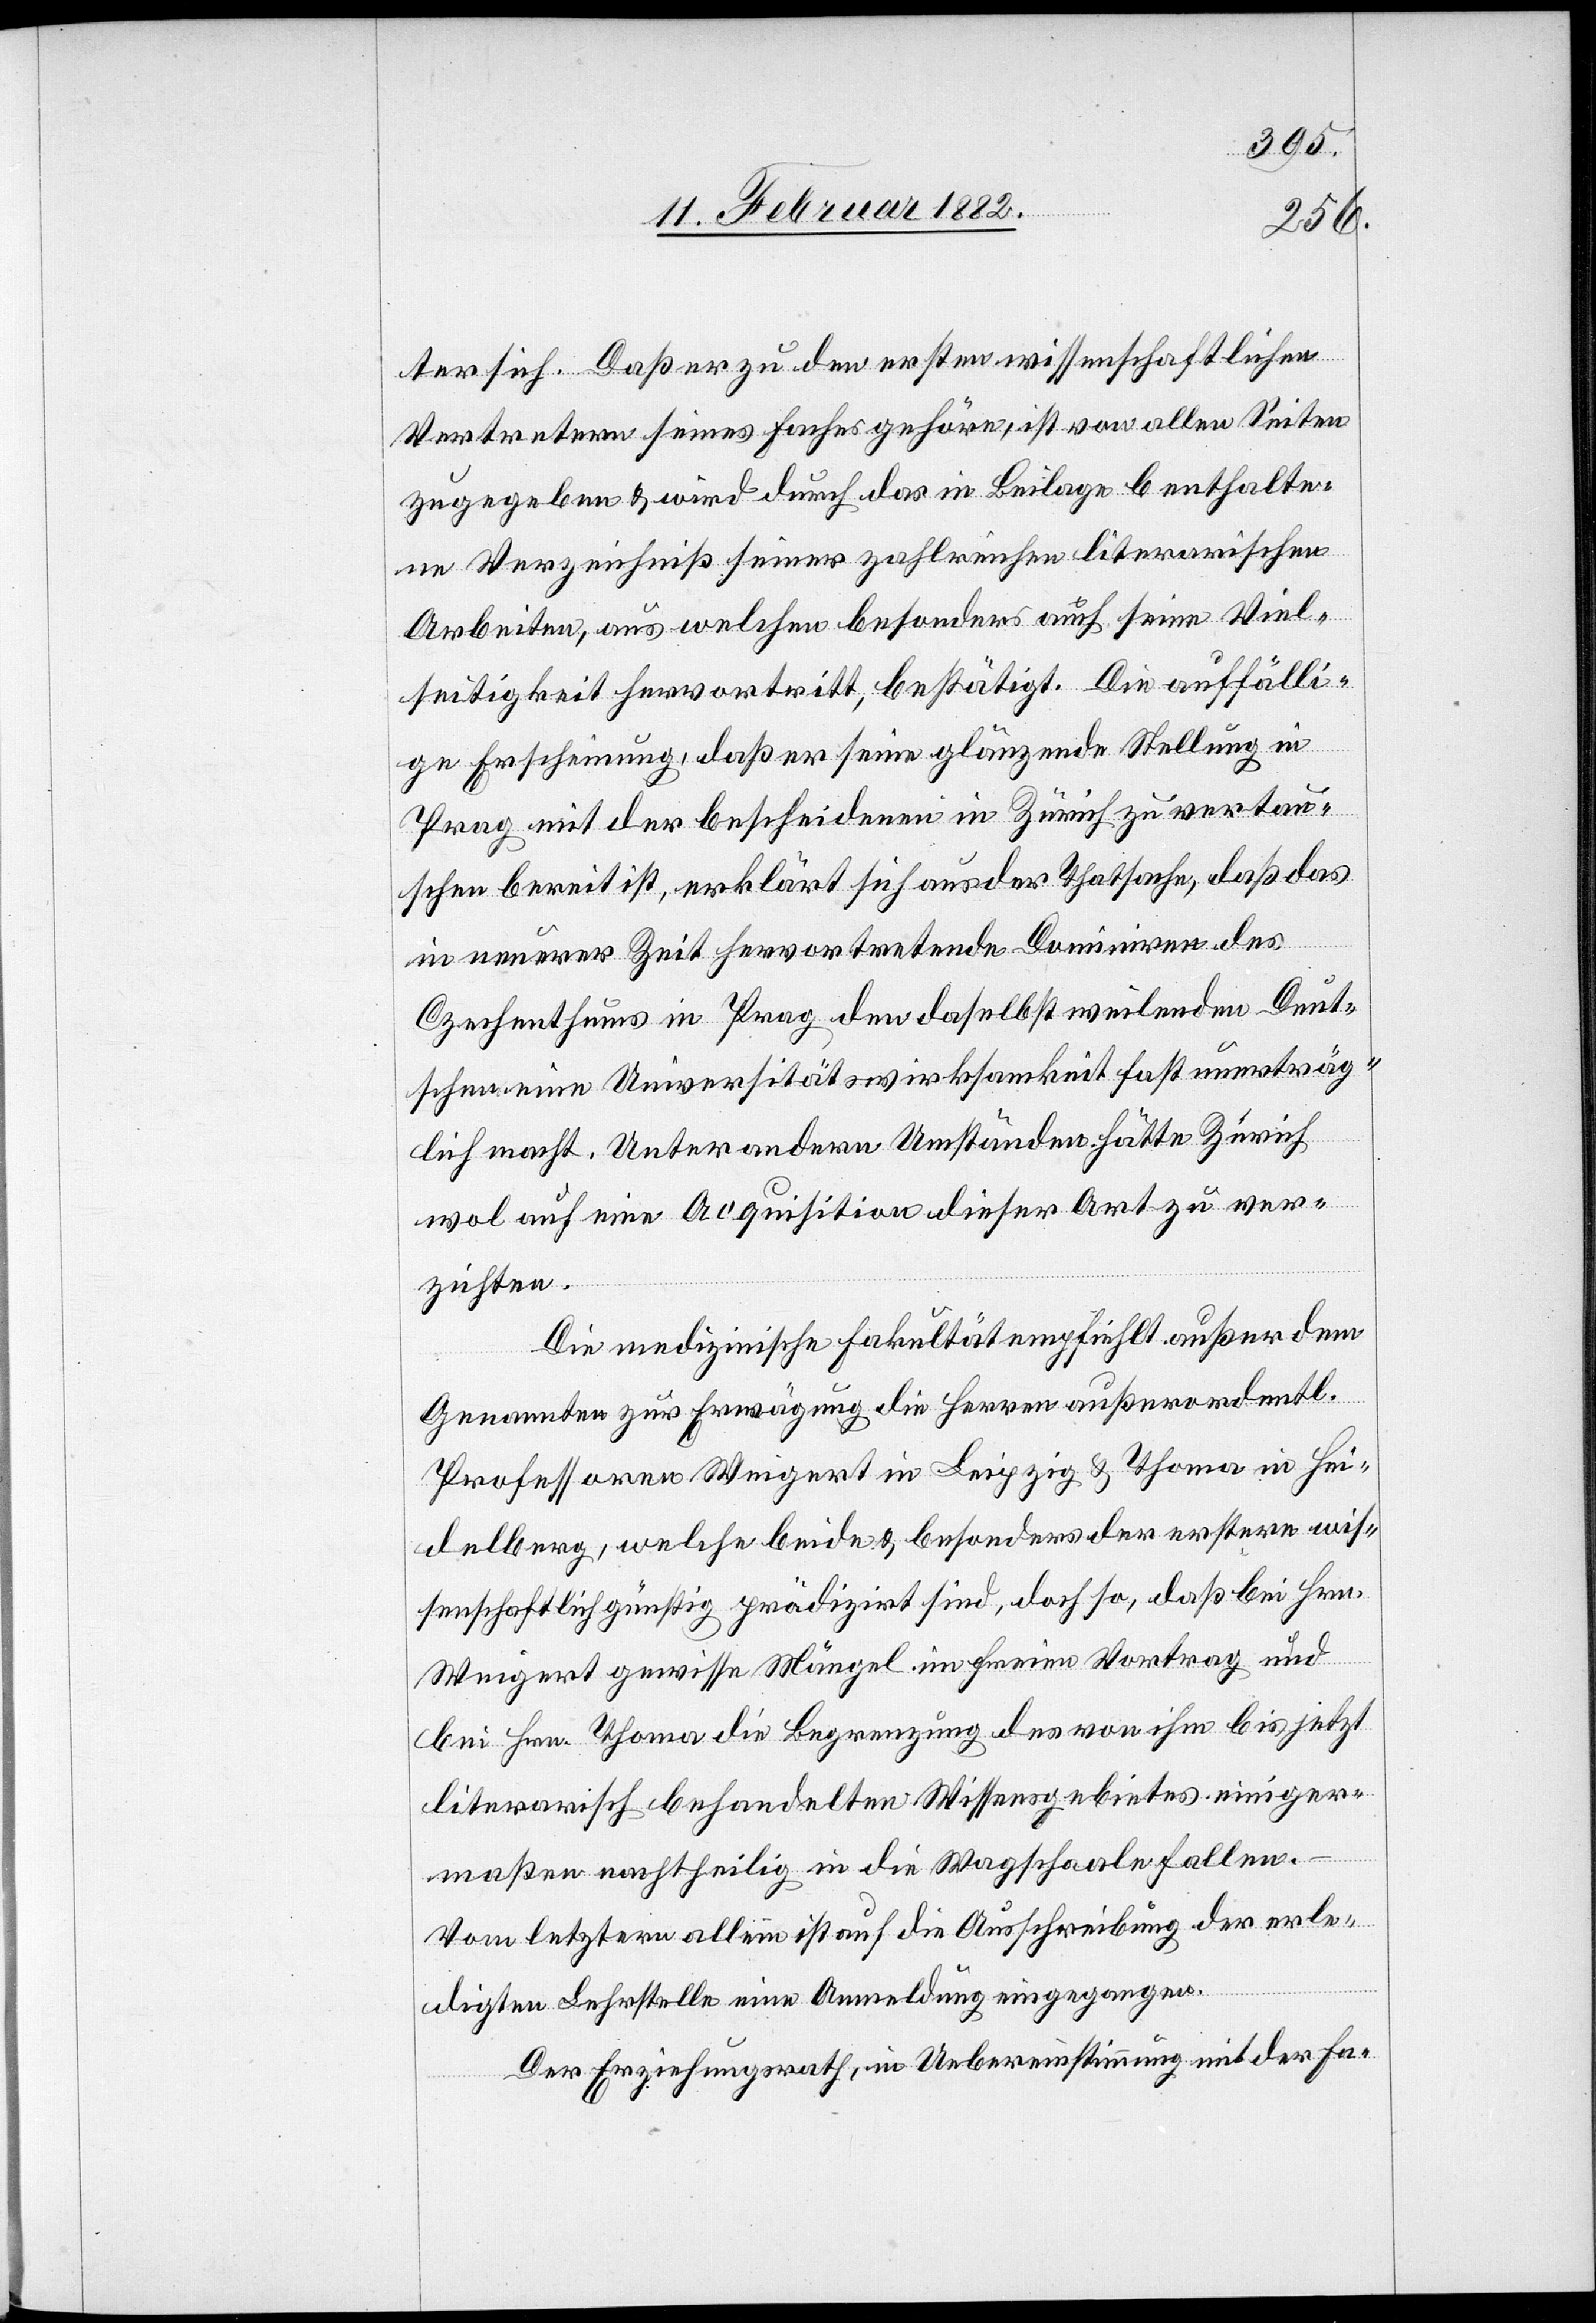
ter sich. Daß er zu den ersten wissenschaftlichen
Vertretern seines Faches gehöre, ist von allen Seiten
zugegeben & wird durch das in Beilage b enthalte¬
ne Verzeichniß seiner zahlreichen literarischen
Arbeiten, aus welchen besonders auch seine Viel¬
seitigkeit hervortritt, bestätigt. Die auffälli¬
ge Erscheinung, daß er seine glänzende Stellung in
Prag mit der bescheidenen in Zürich zu vertau¬
schen bereit ist, erklärt sich aus der Thatsache, daß das
in neuerer Zeit hervortretende Dominieren des
Czechenthums in Prag den daselbst weilenden Deut¬
schen eine Universitätswirksamkeit fast unerträg¬
lich macht. Unter andern Umständen hätte Zürich
wol auf eine Acquisition dieser Art zu ver¬
zichten.
Die medizinische Fakultät empfiehlt außer dem
Genannten zur Erwägung die Herren außerordentl.
Professoren Weigert in Leipzig & Thoma in Hei¬
delberg, welche beide & besonders der erstere wis¬
senschaftlich günstig prädizirt sind, doch so, daß bei Hrn.
Weigert gewisse Mängel in freiem Vortrag und
bei Hrn. Thoma die Begrenzung des von ihm bis jetzt
literarisch behandelten Wissensgebietes einiger¬
maßen nachtheilig in die Waagschaale fallen.
Vom letztern allein ist auf die Ausschreibung der erle¬
digten Lehrstelle eine Anmeldung eingegangen.
Der Erziehungsrath, in Uebereinstimmung mit der Fa-